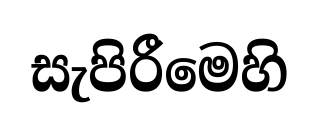
සැපිරීමෙහි